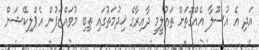
އަދި އެ އުސޫލާ އެއްގޮތަށް ތަޢުލީމީ ދާއިރާގެ ޚިދުމަތުގައި ތިބި މުވައްޒަފުން އެޕްލިކޭޝަން